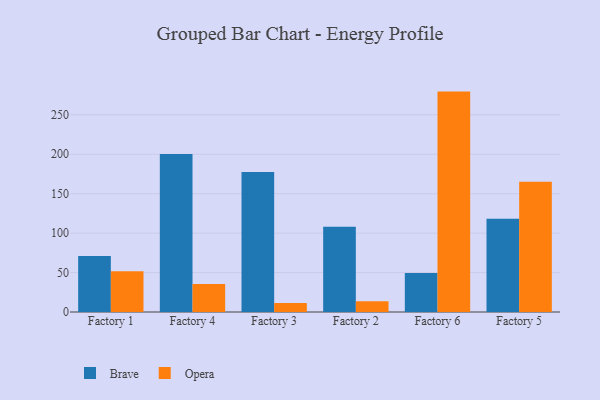
{"axis": {"x": "Factory", "y": "Production Output"}, "legend": ["Brave", "Opera"], "data": [{"x": "Factory 1", "y": 71.1, "type": "Brave"}, {"x": "Factory 1", "y": 51.6, "type": "Opera"}, {"x": "Factory 4", "y": 200.3, "type": "Brave"}, {"x": "Factory 4", "y": 35.5, "type": "Opera"}, {"x": "Factory 3", "y": 177.6, "type": "Brave"}, {"x": "Factory 3", "y": 11.3, "type": "Opera"}, {"x": "Factory 2", "y": 108.1, "type": "Brave"}, {"x": "Factory 2", "y": 13.5, "type": "Opera"}, {"x": "Factory 6", "y": 49.4, "type": "Brave"}, {"x": "Factory 6", "y": 279.4, "type": "Opera"}, {"x": "Factory 5", "y": 118.3, "type": "Brave"}, {"x": "Factory 5", "y": 165.0, "type": "Opera"}]}